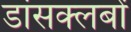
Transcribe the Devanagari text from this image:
डांसक्लबों